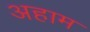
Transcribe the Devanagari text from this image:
अहाम